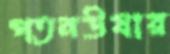
পতনউষার